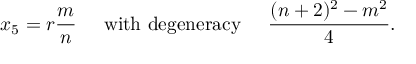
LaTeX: x _ { 5 } = r \frac { m } { n } \; \; \; \; \; \mathrm { w i t h \ d e g e n e r a c y } \; \; \; \; \; \frac { ( n + 2 ) ^ { 2 } - m ^ { 2 } } { 4 } .